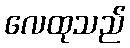
လေထုသည်